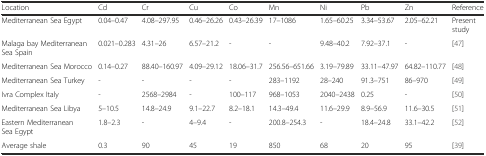
<table><thead><tr><td><b>Location</b></td><td><b>Cd</b></td><td><b>Cr</b></td><td><b>Cu</b></td><td><b>Co</b></td><td><b>Mn</b></td><td><b>Ni</b></td><td><b>Pb</b></td><td><b>Zn</b></td><td><b>Reference</b></td></tr></thead><tbody><tr><td>Mediterranean Sea Egypt</td><td>0.04–0.47</td><td>4.08–297.95</td><td>0.46–26.26</td><td>0.43–26.39</td><td>17–1086</td><td>1.65–60.25</td><td>3.34–53.67</td><td>2.05–62.21</td><td>Present study</td></tr><tr><td>Malaga bay Mediterranean Sea Spain</td><td>0.021–0.283</td><td>4.31–26</td><td>6.57–21.2</td><td>-</td><td>-</td><td>9.48–40.2</td><td>7.92–37.1</td><td>-</td><td>[47]</td></tr><tr><td>Mediterranean Sea Morocco</td><td>0.14–0.27</td><td>88.40–160.97</td><td>4.09–29.12</td><td>18.06–31.7</td><td>256.56–651.66</td><td>3.19–79.89</td><td>33.11–47.97</td><td>64.82–110.77</td><td>[48]</td></tr><tr><td>Mediterranean Sea Turkey</td><td>-</td><td>-</td><td>-</td><td>-</td><td>283–1192</td><td>28–240</td><td>91.3–751</td><td>86–970</td><td>[49]</td></tr><tr><td>Ivra Complex Italy</td><td>-</td><td>2568–2984</td><td>-</td><td>100–117</td><td>968–1053</td><td>2040–2438</td><td>0.25</td><td>-</td><td>[50]</td></tr><tr><td>Mediterranean Sea Libya</td><td>5–10.5</td><td>14.8–24.9</td><td>9.1–22.7</td><td>8.2–18.1</td><td>14.3–49.4</td><td>11.6–29.9</td><td>8.9–56.9</td><td>11.6–30.5</td><td>[51]</td></tr><tr><td>Eastern Mediterranean Sea Egypt</td><td>1.8–2.3</td><td>-</td><td>4–9.4</td><td>-</td><td>200.8–254.3</td><td>-</td><td>18.4–24.8</td><td>33.1–42.2</td><td>[52]</td></tr><tr><td>Average shale</td><td>0.3</td><td>90</td><td>45</td><td>19</td><td>850</td><td>68</td><td>20</td><td>95</td><td>[39]</td></tr></tbody></table>